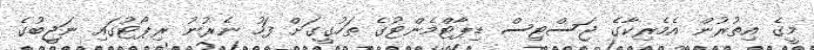
މީގެ އިތުރުން އެމެރިކާގެ ޖަސްޓިސް ޑިޕާޓްމެންޓުގެ ތަހުގީގަށް ފަހު ނެރުނު ރިޕޯޓުގައި ނަޖީބުގެ